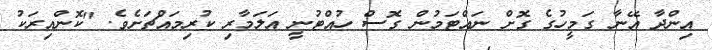
އިންދާ އޭނާ ގަމީހުގެ ގޮށް ނައްޓަމުން ގޮސް ހުއްޓުނީ އަލަމާރި ކުރިމައްޗަށެވެ. "ކޮންއިރަކު